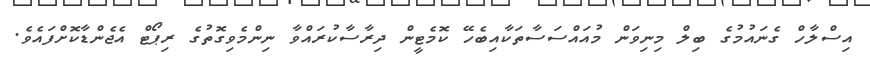
އިސްލާހް ގެނައުމުގެ ބިލް މިނިވަން މުއައްސަސާތަކާއިބެހޭ ކޮމެޓީން ދިރާސާކުރައްވާ ނިންމެވިގޮތުގެ ރިޕޯޓް އެޖެންޑާކޮށްފައެވެ.